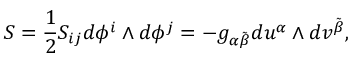
S = \frac { 1 } { 2 } S _ { i j } d \phi ^ { i } \wedge d \phi ^ { j } = - g _ { \alpha \tilde { \beta } } d u ^ { \alpha } \wedge d v ^ { \tilde { \beta } } ,